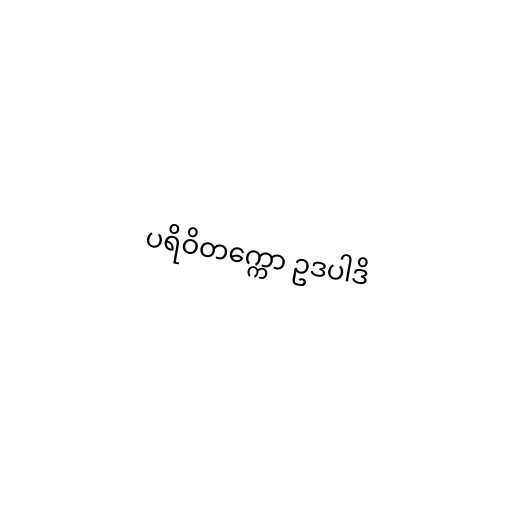
ပရိဝိတက္ကော ဥဒပါဒိ